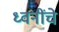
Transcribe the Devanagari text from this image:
ध्वनींचे